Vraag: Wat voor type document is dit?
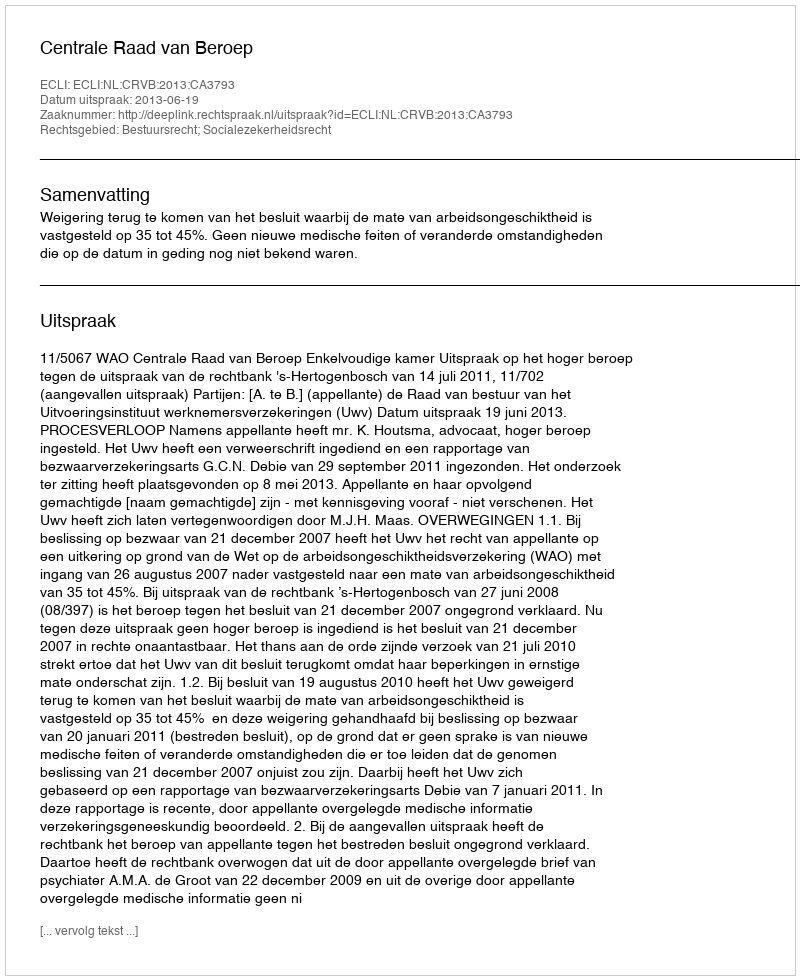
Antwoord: Uitspraak